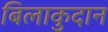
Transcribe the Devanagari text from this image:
बिलाकुदान